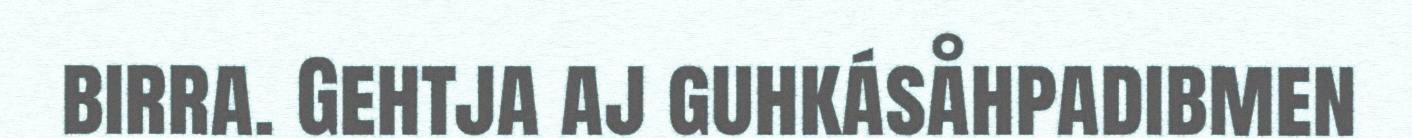
birra. Gehtja aj guhkásåhpadibmen